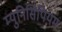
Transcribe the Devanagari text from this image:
म्युनिसिपियम